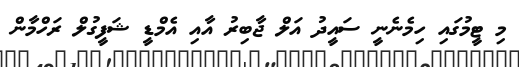
މި ޓީމުގައި ހިމެނެނީ ސައީދު އަލް ޖާބިރު އާއި އެމްޑީ ޝަފީގުލް ރަހްމާން